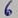
Text: 6